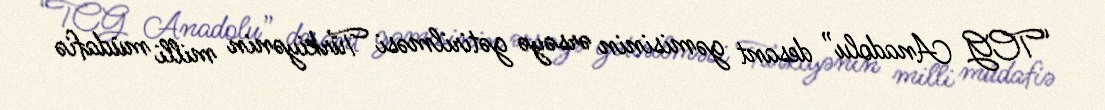
“TCG Anadolu” desant gəmisinin ərsəyə gətirilməsi Türkiyənin milli müdafiə